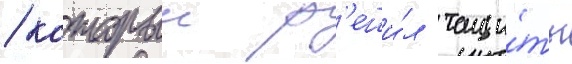
/ которыи р'еши́л тащи́ть